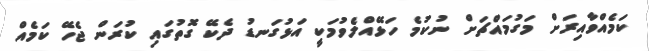
ކަމެއްވާއިރަށް މަގުމައްޗަށް ނުކުމެ ހަޅޭއްލެވުމަކީ އަޅުގަނޑު ދެކޭ ގޮތުގައި ކުރަން ޖެހޭ ކަމެއް